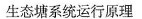
生态塘系统运行原理